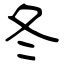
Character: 冬